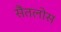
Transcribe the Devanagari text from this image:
सैंतलोस